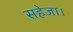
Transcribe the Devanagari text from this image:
सहेजा।